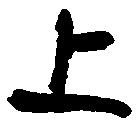
上